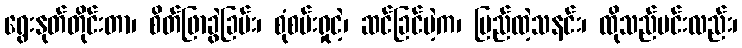
ရွေးနုတ်တိုင်းတာ၊ စိတ်ဖြာခွဲခြမ်း၊ စုံစမ်းရှုငဲ့၊ ဆင်ခြင်မဲ့က၊ ပြည်ထဲ့သနင်း၊ ထိုသည်မင်းလည်း၊